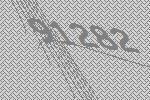
91282